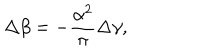
\Delta \beta = - \frac { \alpha ^ { 2 } } { \pi } \Delta \gamma ,